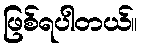
ဖြစ်ရပါတယ်။